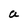
Character: a